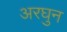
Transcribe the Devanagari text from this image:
अरघुन